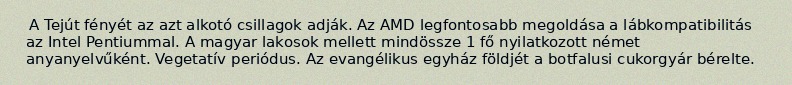
A Tejút fényét az azt alkotó csillagok adják. Az AMD legfontosabb megoldása a lábkompatibilitás az Intel Pentiummal. A magyar lakosok mellett mindössze 1 fő nyilatkozott német anyanyelvűként. Vegetatív periódus. Az evangélikus egyház földjét a botfalusi cukorgyár bérelte.